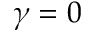
\gamma = 0